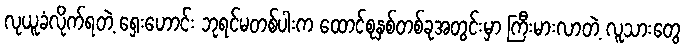
လုယူခံလိုက်ရတဲ့ ရှေးဟောင်း ဘုရင်မတစ်ပါးက ထောင်စုနှစ်တစ်ခုအတွင်းမှာ ကြီးမားလာတဲ့ လူသားတွေ